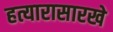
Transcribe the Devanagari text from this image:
हत्यारासारखे